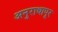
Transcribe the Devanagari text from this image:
अनुराधापूर